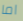
اما